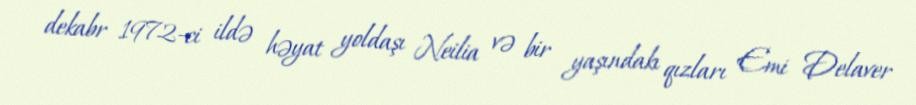
dekabr 1972-ci ildə həyat yoldaşı Neilia və bir yaşındakı qızları Emi Delaver